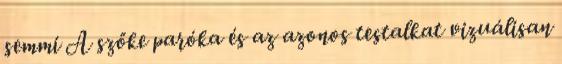
semmi A szőke paróka és az azonos testalkat vizuálisan